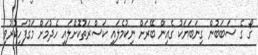
ގޯ ގެ ސަބަބުން ގިނަބަޔަކު ގެއިން ބޭރަށް ނިކުމެލައި ކަސްރަތުކޮށްލައި ހެދުމަށް މަގުފަހިކުރުވި